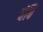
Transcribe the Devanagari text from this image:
वंचि